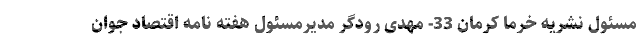
مسئول نشریه خرما کرمان 33- مهدی رودگر مدیرمسئول هفته نامه اقتصاد جوان